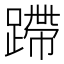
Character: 蹛